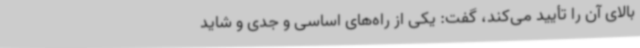
بالای آن را تأیید می‌کند، گفت: یکی از راه‌های اساسی و جدی و شاید